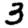
Digit: 3